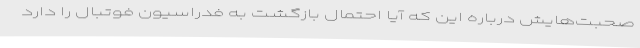
صحبت‌هایش درباره این که آیا احتمال بازگشت به فدراسیون فوتبال را دارد